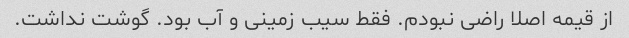
از قیمه اصلا راضی نبودم. فقط سیب زمینی و آب بود. گوشت نداشت.